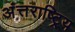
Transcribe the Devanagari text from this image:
अंत्तराष्ट्रिय